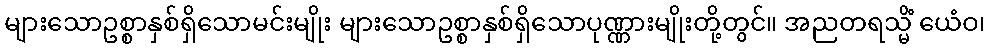
များသောဥစ္စာနှစ်ရှိသောမင်းမျိုး များသောဥစ္စာနှစ်ရှိသောပုဏ္ဏားမျိုးတို့တွင်။ အညတရသ္မိံ ယေံဝ၊